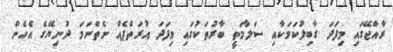
ރާއްޖޭގައި މިފަދަ ގާބިލުކަމަކާއި ސަލާމަތީ ބާރުތަކުގައި މިފަދަ އުރަތްޕެއް ނެތްނަމަ ދުނިޔޭގެ އެހެން